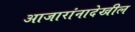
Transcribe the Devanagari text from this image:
आजारांनादेखील